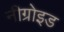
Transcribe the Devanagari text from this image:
नीग्रोइड